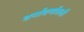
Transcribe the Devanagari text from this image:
वर्गावर्गातली